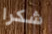
شكرا